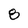
Character: 8